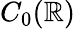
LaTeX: C_{0}(\mathbb{R})